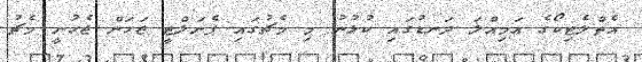
އެތްލެޓިކޯގެ އަމިއްލަ ދަނޑުގައި ކުޅުނު މި މެޗުގައި ޕެނަލްޓީ ޖަހަން ޖެހުނީ މެޗު